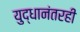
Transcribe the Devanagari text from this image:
युद्धानंतरही